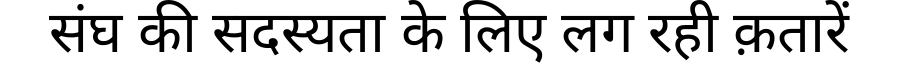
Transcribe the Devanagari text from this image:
संघ की सदस्यता के लिए लग रही क़तारें